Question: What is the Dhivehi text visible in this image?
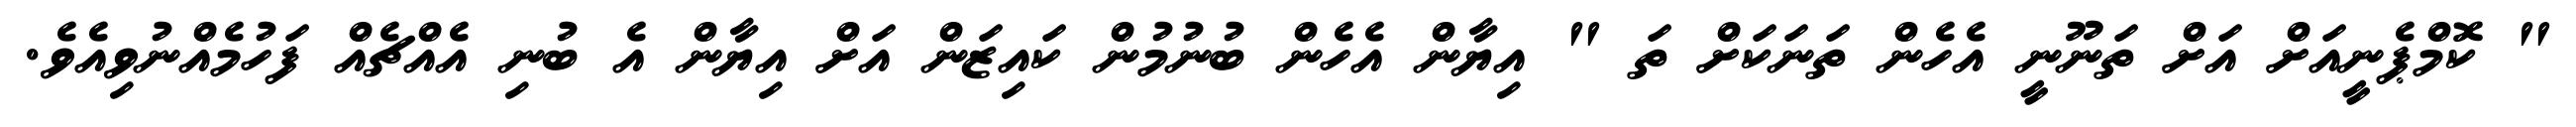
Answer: " ކޮމްޕެނީއަށް އަށް ތަނޫނީ އެހެން ތަނަކަށް ތަ " އިޔާން އެހެން ބުނުމުން ކައިޒަން އަށް އިޔާން އެ ބުނި އެއްޗެއް ފަހުމެއްނުވިއެވެ.